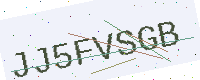
Text: JJ5FVSGB